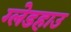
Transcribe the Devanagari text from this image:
ग्लेडहाउ